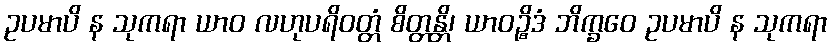
ဥပမာပိ န သုကရာ ယာဝ လဟုပရိဝတ္တံ စိတ္တန္တိ၊ ယာဝဉ္စိဒံ ဘိက္ခဝေ ဥပမာပိ န သုကရာ